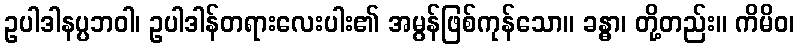
ဥပါဒါနပ္ပဘဝါ၊ ဥပါဒါန်တရားလေးပါး၏ အမွန်ဖြစ်ကုန်သော။ ခန္ဓာ၊ တို့တည်း။ ကိမိဝ၊